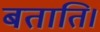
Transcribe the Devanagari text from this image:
बताति।